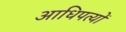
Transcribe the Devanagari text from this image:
आधिपत्यों